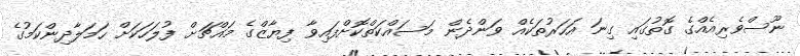
ނޫސްވެރިއެއްގެ ގޮތުގައި ގިނަ އަހަރުތަކެއް ވަންދެން މަސައްކަތްކޮށްފައިވާ ފިޔާޒްގެ މައްޗަށް ފުލަހަކަށް ހަމަލާދިންކަމުގެ